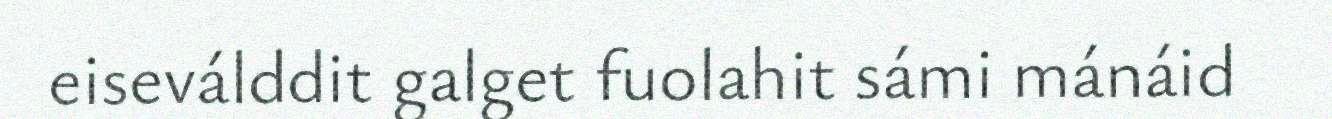
eiseválddit galget fuolahit sámi mánáid